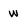
Character: W